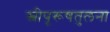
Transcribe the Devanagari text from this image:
स्त्रीपूरूषतुलना